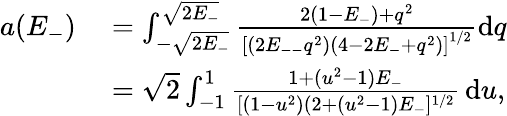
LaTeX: \begin{array}{rl}{a(E_{-})}&{{}=\int_{-\sqrt{2E_{-}}}^{\sqrt{2E_{-}}}\frac{2(1-E_{-})+q^{2}}{\left[(2E_{--}q^{2})(4-2E_{-}+q^{2})\right]^{1/2}}\mathrm{d}q}\\ {{}}&{{}=\sqrt{2}\int_{-1}^{1}\frac{1+(u^{2}-1)E_{-}}{[(1-u^{2})(2+(u^{2}-1)E_{-}]^{1/2}}\, \mathrm{d}u,}\end{array}